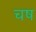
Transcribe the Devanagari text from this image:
चष